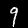
Digit: 9